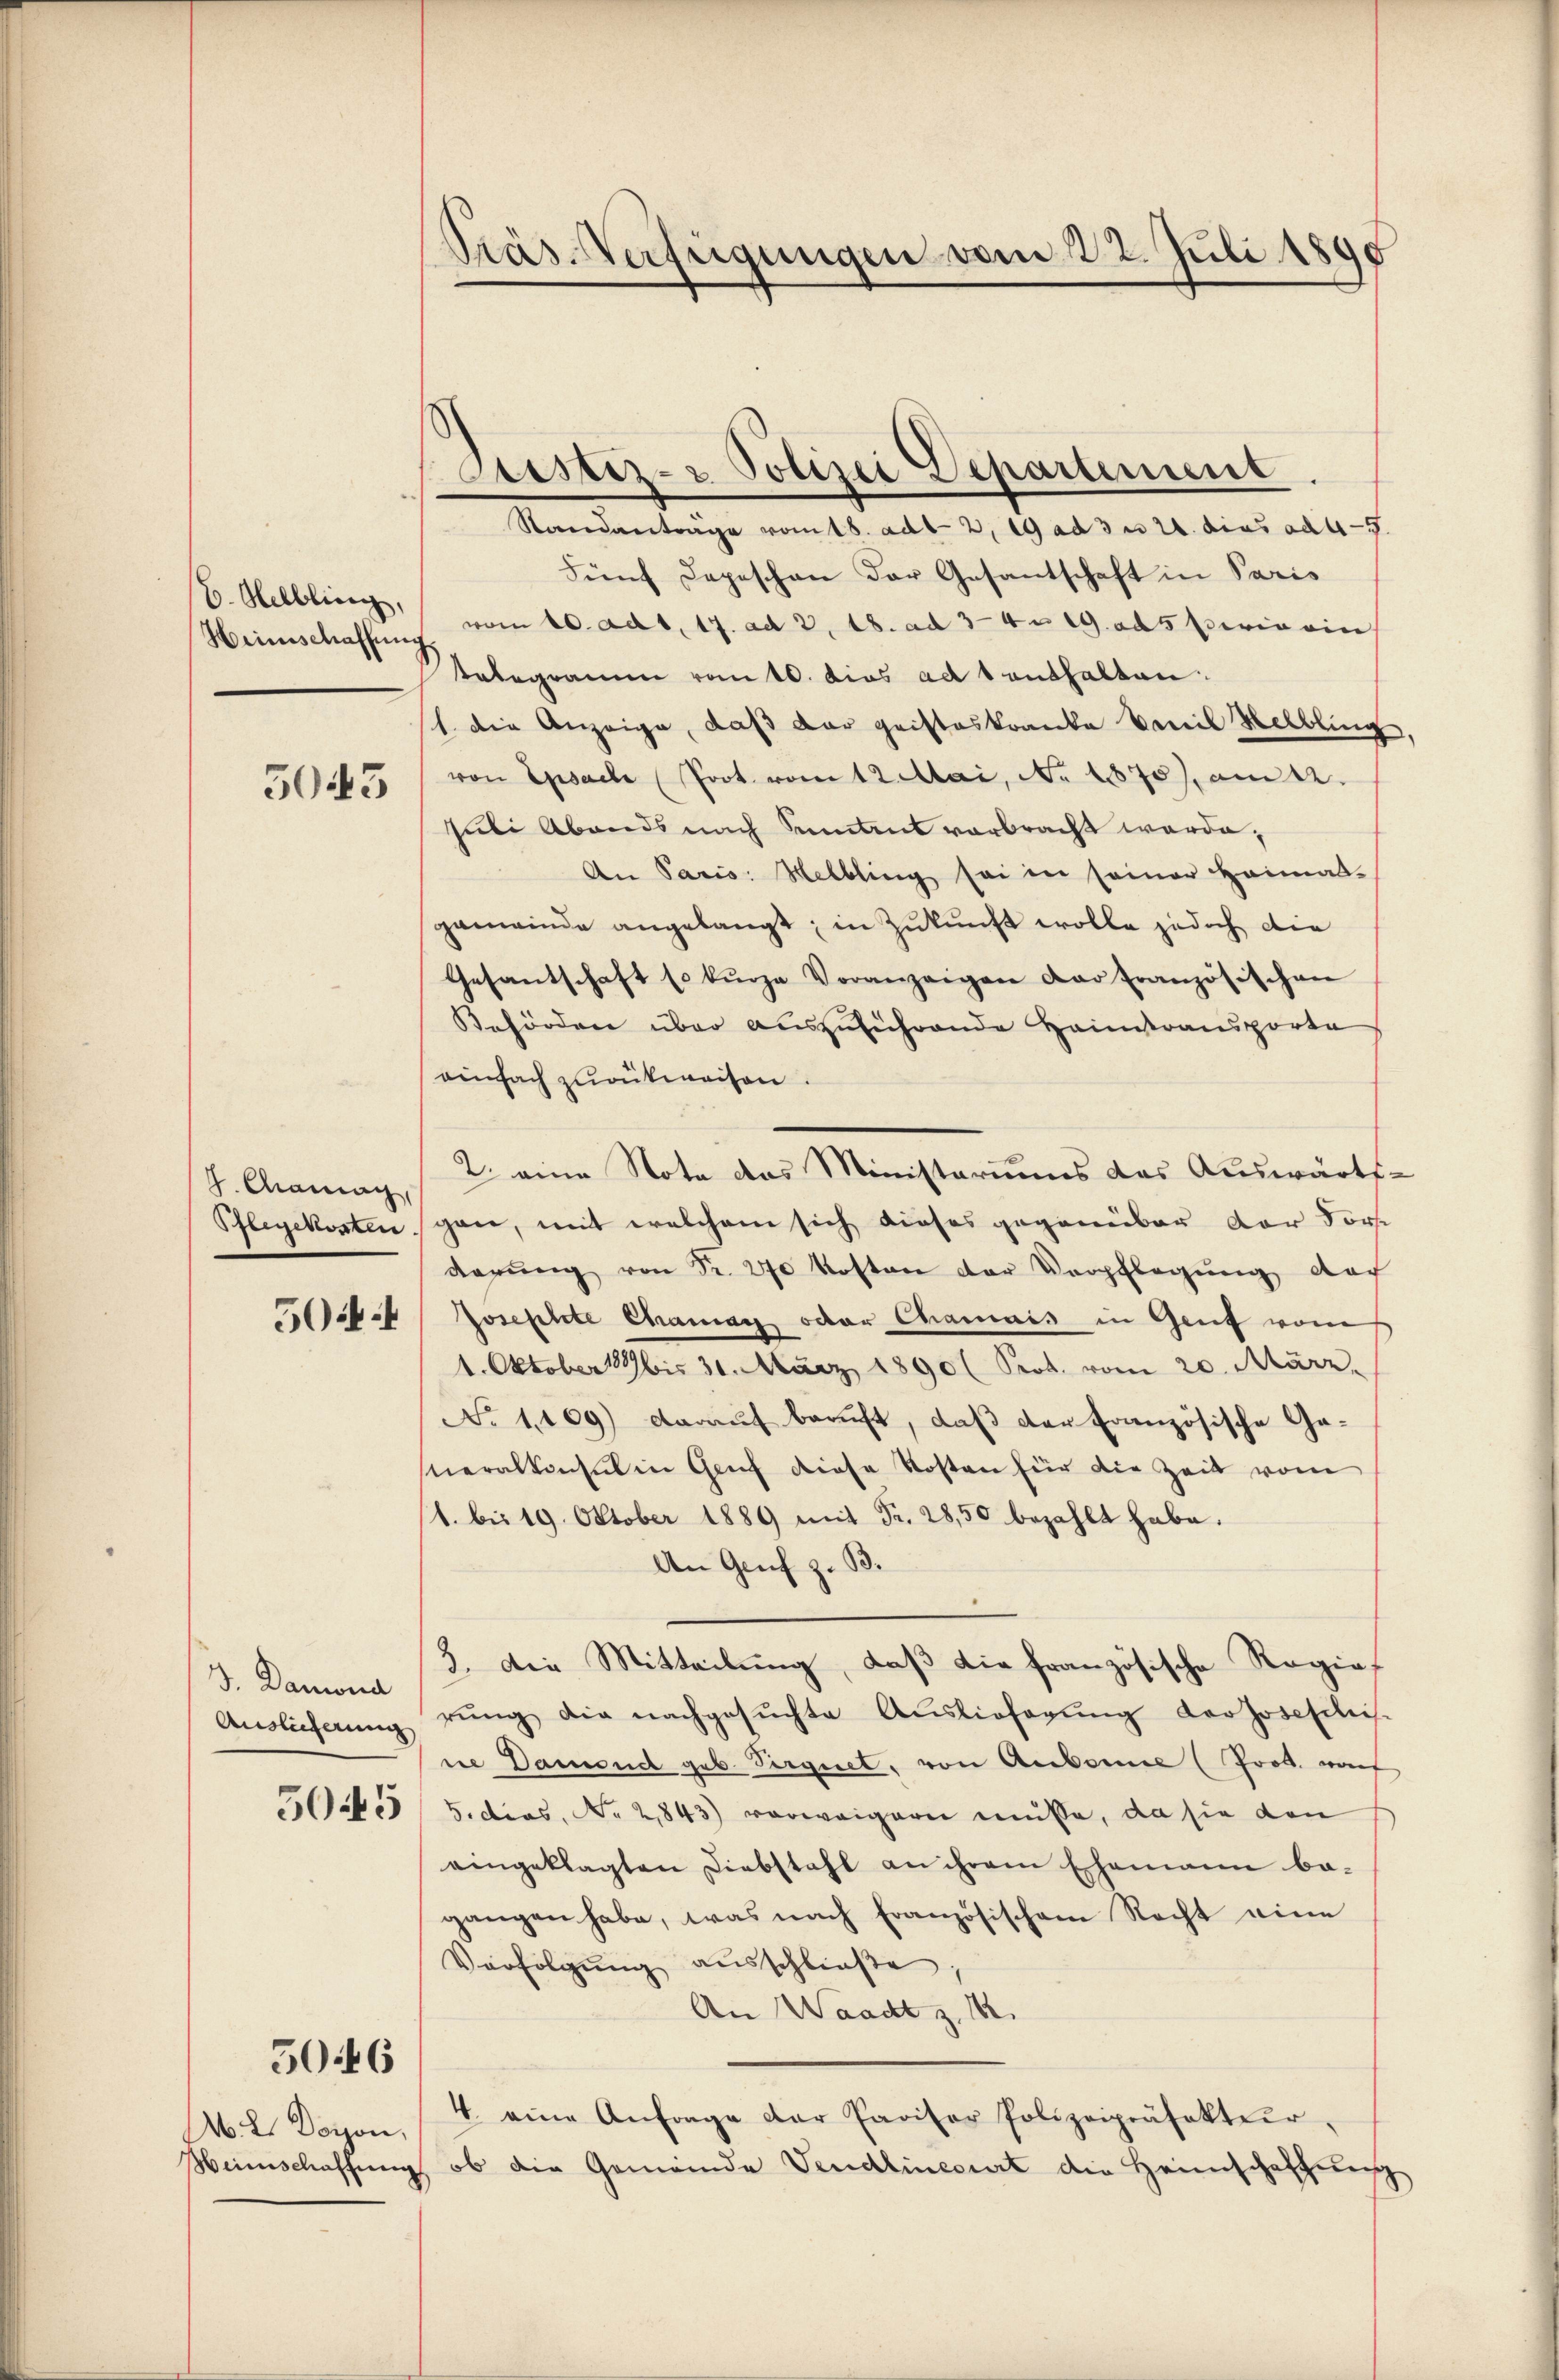
6. Helbling,
5043

H. Canag
Pflegekosten

5044

3. Damona
Auslieferung

5045

5046

M. L. Doison,

Präs-Verfügungen vom 22. Juli 1890

Fünf Depeschen der Gesantschaft in Paris
Heimschaffung vom 10. ad 1. 17. ad 2, 18. ad 3-4 n 19. ad 5 perin ein
Telegramm vom 10. dies ad 1 enthalten.
1. die Anzeige, daß der geisteskranke venil Helbling,
von Epsache Prot. vom 12 Mai, No 1870, am 22.
sibi Abends nach Sentens verbracht werde;
An Paris. Melbling sei in seiner Heimat-
gemeinde angelangt; in Zukunft wolle jedoch die
Gesandschaft so kurze Voranzeigen der Französischen
Beförden über auszuführende Hainistransporta
einfach zurückweisen.
2. eine Note das Ministeriums das Auswärts-
gan, mit welchem sich dieses gegenüber der For
Ragung von Fr. 270 Kosten der Verpflegung doch
Josephte Chamar oder Chamais in Gant vom
1. Oktober 189 bis 31. März 1890 (Prot. vom 20. März
No 1109) darauf beruft, daß der französische Generalkonsul in Genf diese Kosten für die Zeit vom
(1. bis 19. Oktober 1889 mit Fr. 28,50 bezahlt habe.
An Genf z. B.
3. Die Mitteilung, daß die französische Regief
rŭng die nachgesŭchte Aŭslieferŭng der Josefclis-
ne Damend geb. Sergiet, von Anbein (Prod. auf
5. dies, No 2843) vorweigern müsse, da sie den
eingeklagten Diebstahl an ihrem Ehemann ba-
gangen habe, was nach Französischem Recht eine
Verfolgŭng aŭsschließe;
An Waadt z. 12.
4. eine Anfrage der Paritor Polizeipräsakter,
Weinschaffung, ob die Gemeinde Vendlincourt die Heimschaffung

Justiz- Polizei Departement
Standanträge vom 18. ad 1. 2. 19 ad 3 n 24. dies ad 45